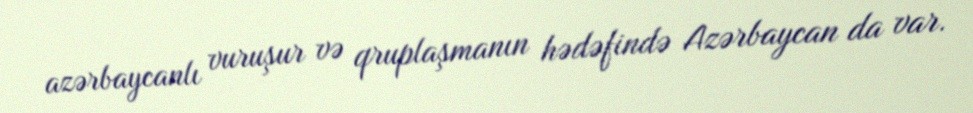
azərbaycanlı vuruşur və qruplaşmanın hədəfində Azərbaycan da var.